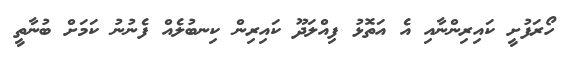
ހޯރަފުށީ ކައިރިންނާއި އެ އަތޮޅު ފިއްލަދޫ ކައިރިން ކިނބުލެއް ފެނުނު ކަމަށް ބުނާތީ